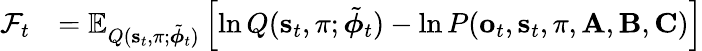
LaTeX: \begin{array}{rl}{\mathcal{F}_{t}}&{=\mathbb{E}_{Q(\mathbf{s}_{t},\pi;\tilde{\boldsymbol{\phi}}_{t})}\left[\ln Q(\mathbf{s}_{t},\pi;\tilde{\boldsymbol{\phi}}_{t})-\ln P(\mathbf{o}_{t},\mathbf{s}_{t},\pi,\mathbf{A},\mathbf{B},\mathbf{C})\right]}\end{array}